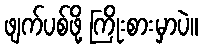
ဖျက်ပစ်ဖို့ ကြိုးစားမှာပဲ။